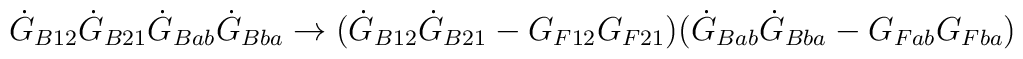
{\dot G_{B12}}\dot G_{B21}\dot G_{Bab}\dot G_{Bba}\rightarrow(\dot G_{B12}\dot G_{B21}-G_{F12}G_{F21})(\dot G_{Bab}\dot G_{Bba}- G_{Fab}G_{Fba})\quad